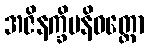
အဇိနက္ခိပနိဝတ္ထော